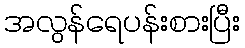
အလွန်ရေပန်းစားပြီး